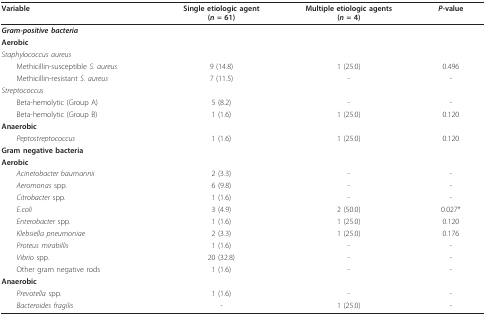
<table><thead><tr><td><b>Variable</b></td><td><b>Single etiologic agent(<i>n </i>= 61)</b></td><td><b>Multiple etiologic agents(<i>n </i>= 4)</b></td><td><b><i>P</i>-value</b></td></tr></thead><tbody><tr><td><b><i>Gram-positive bacteria</i></b></td><td></td><td></td><td></td></tr><tr><td><b>Aerobic</b></td><td></td><td></td><td></td></tr><tr><td><i>Staphylococcus aureus</i></td><td></td><td></td><td></td></tr><tr><td> Methicillin-susceptible <i>S. aureus</i></td><td>9 (14.8)</td><td>1 (25.0)</td><td>0.496</td></tr><tr><td> Methicillin-resistant <i>S. aureus</i></td><td>7 (11.5)</td><td>-</td><td>-</td></tr><tr><td><i>Streptococcus</i></td><td></td><td></td><td></td></tr><tr><td> Beta-hemolytic (Group A)</td><td>5 (8.2)</td><td>-</td><td>-</td></tr><tr><td> Beta-hemolytic (Group B)</td><td>1 (1.6)</td><td>1 (25.0)</td><td>0.120</td></tr><tr><td><b>Anaerobic</b></td><td></td><td></td><td></td></tr><tr><td> <i>Peptostreptococcus</i></td><td>1 (1.6)</td><td>1 (25.0)</td><td>0.120</td></tr><tr><td><b>Gram negative bacteria</b></td><td></td><td></td><td></td></tr><tr><td><b>Aerobic</b></td><td></td><td></td><td></td></tr><tr><td> <i>Acinetobacter baumannii</i></td><td>2 (3.3)</td><td>-</td><td>-</td></tr><tr><td> <i>Aeromonas </i>spp.</td><td>6 (9.8)</td><td>-</td><td>-</td></tr><tr><td> <i>Citrobacter </i>spp.</td><td>1 (1.6)</td><td>-</td><td>-</td></tr><tr><td> <i>E.coli</i></td><td>3 (4.9)</td><td>2 (50.0)</td><td>0.027*</td></tr><tr><td> <i>Enterobacter </i>spp.</td><td>1 (1.6)</td><td>1 (25.0)</td><td>0.120</td></tr><tr><td> <i>Klebsiella pneumoniae</i></td><td>2 (3.3)</td><td>1 (25.0)</td><td>0.176</td></tr><tr><td> <i>Proteus mirabillis</i></td><td>1 (1.6)</td><td>-</td><td>-</td></tr><tr><td> <i>Vibrio </i>spp.</td><td>20 (32.8)</td><td>-</td><td>-</td></tr><tr><td> Other gram negative rods</td><td>1 (1.6)</td><td>-</td><td>-</td></tr><tr><td><b>Anaerobic</b></td><td></td><td></td><td></td></tr><tr><td> <i>Prevotella </i>spp.</td><td>1 (1.6)</td><td>-</td><td>-</td></tr><tr><td> <i>Bacteroides fragilis</i></td><td>-</td><td>1 (25.0)</td><td>-</td></tr></tbody></table>